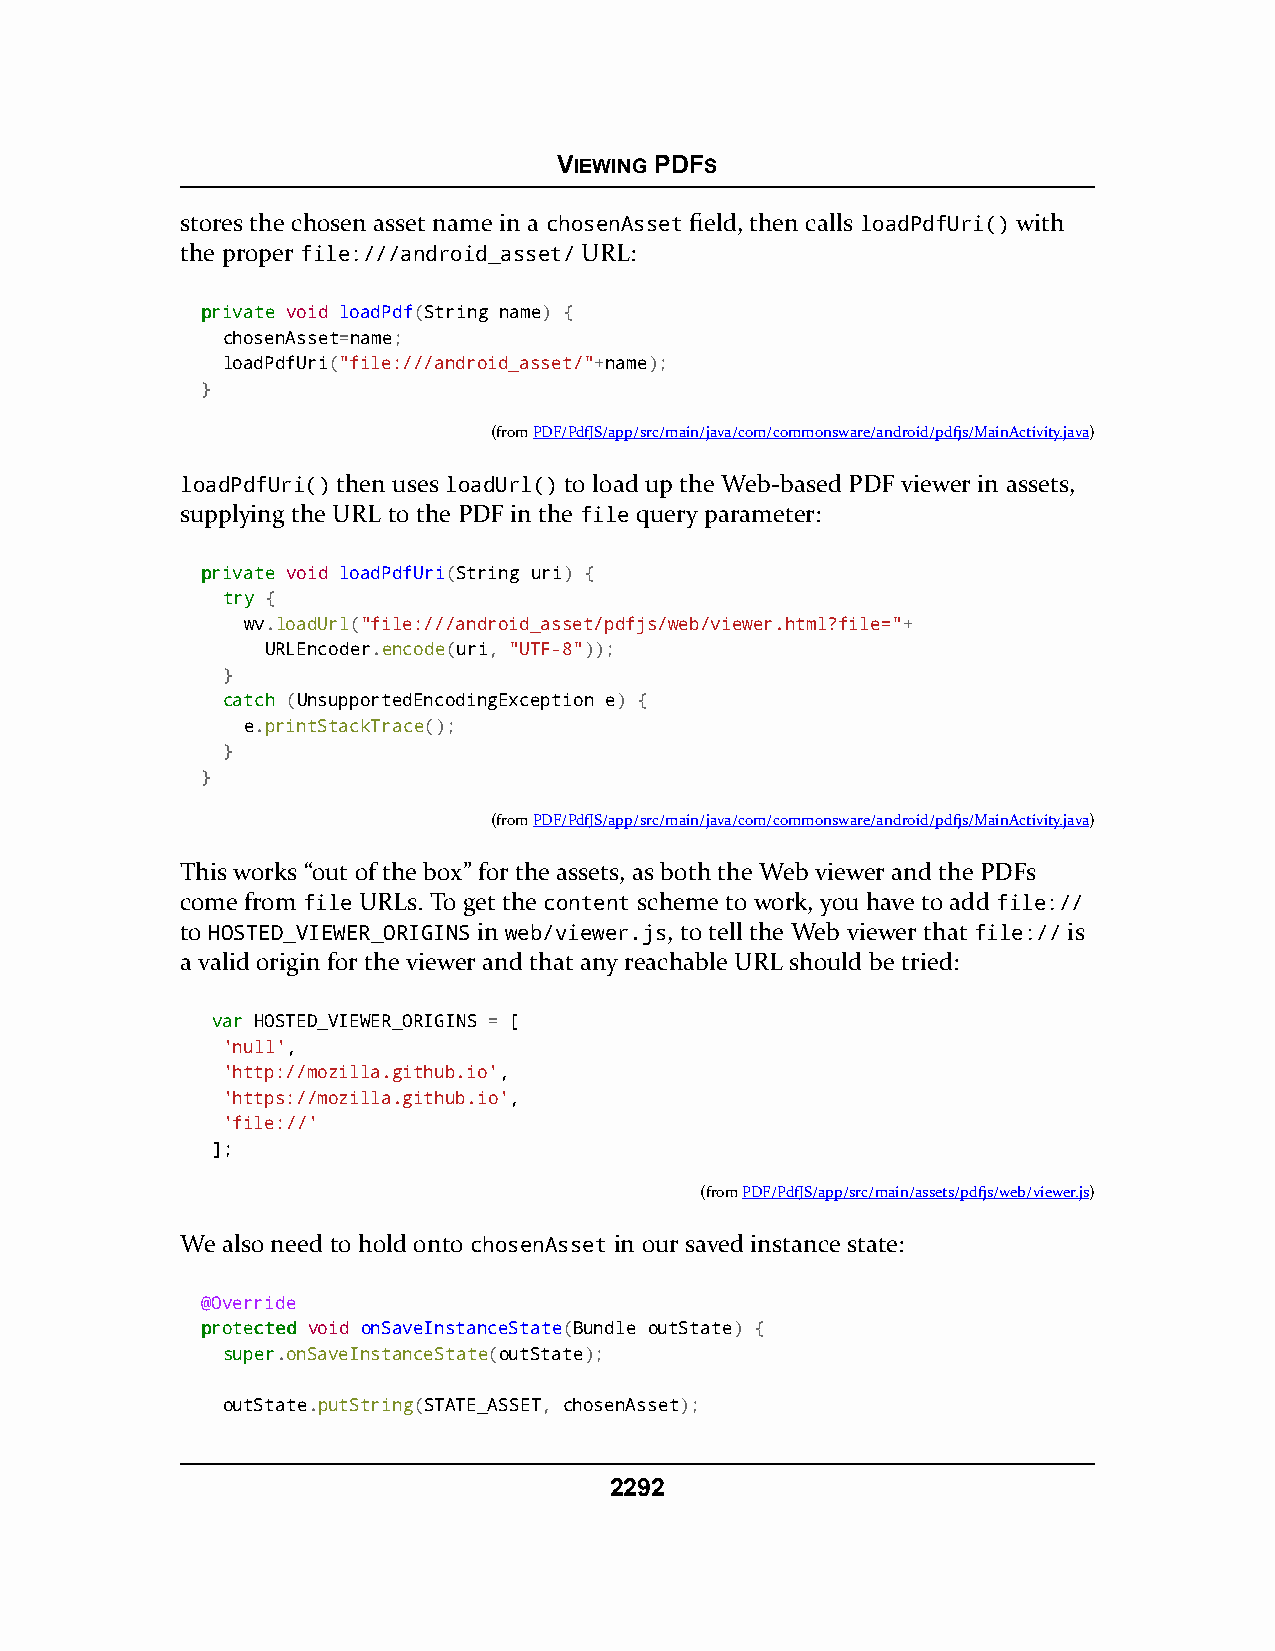
VIEWING PDFS
 stores the chosen asset name in a chosenAsset field, then calls loadPdfUri() with
 the proper file:///android_asset/ URL:
 pprriivvaattee void loadPdf(String name) {
 chosenAsset=name;
 loadPdfUri("file:///android_asset/"+name);
 }
 (fromPDF/PdfJS/app/src/main/java/com/commonsware/android/pdfjs/MainActivity.java)
 loadPdfUri() then uses loadUrl() to load up the Web-based PDF viewer in assets,
 supplying the URL to the PDF in the file query parameter:
 pprriivvaattee void loadPdfUri(String uri) {
 ttrryy {
 wv.loadUrl("file:///android_asset/pdfjs/web/viewer.html?file="+
 URLEncoder.encode(uri, "UTF-8"));
 }
 ccaattcchh (UnsupportedEncodingException e) {
 e.printStackTrace();
 }
 }
 (fromPDF/PdfJS/app/src/main/java/com/commonsware/android/pdfjs/MainActivity.java)
 This works “out of the box” for the assets, as both the Web viewer and the PDFs
 come from file URLs. To get the content scheme to work, you have to add file://
 to HOSTED_VIEWER_ORIGINS in web/viewer.js, to tell the Web viewer that file:// is
 a valid origin for the viewer and that any reachable URL should be tried:
 vvaarr HOSTED_VIEWER_ORIGINS = [
 'null',
 'http://mozilla.github.io',
 'https://mozilla.github.io',
 'file://'
 ];
 (fromPDF/PdfJS/app/src/main/assets/pdfjs/web/viewer.js)
 We also need to hold onto chosenAsset in our saved instance state:
 @Override
 pprrootteecctteedd void onSaveInstanceState(Bundle outState) {
 ssuuppeerr.onSaveInstanceState(outState);
 outState.putString(STATE_ASSET, chosenAsset);
 2292